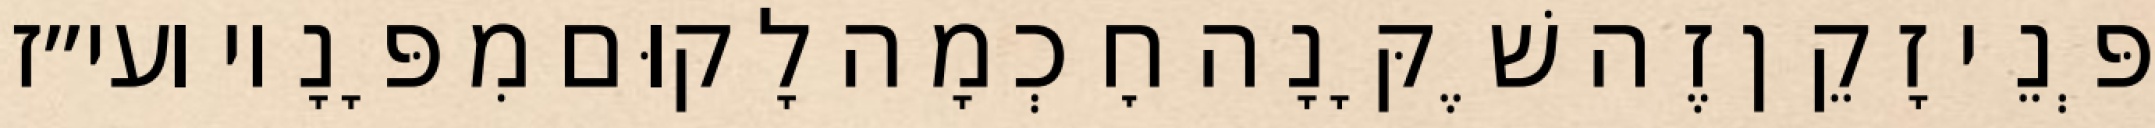
פְּנֵי זָקֵן זֶה שֶׁקָּנָה חׇכְמָה לָקוּם מִפָּנָיו ועי״ז